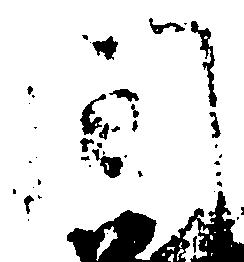
間